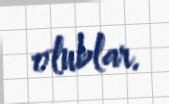
olublar.